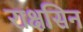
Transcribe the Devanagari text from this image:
राक्षसिन